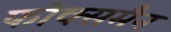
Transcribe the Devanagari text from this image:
फोक्समैन